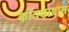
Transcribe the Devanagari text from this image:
काँदड़ाग्राम